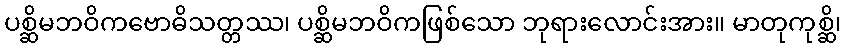
ပစ္ဆိမဘဝိကဗောဓိသတ္တဿ၊ ပစ္ဆိမဘဝိကဖြစ်သော ဘုရားလောင်းအား။ မာတုကုစ္ဆိ၊